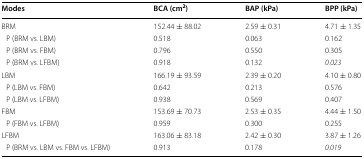
<table><thead><tr><td><b>Modes</b></td><td><b>BCA (cm<sup>2</sup>)</b></td><td><b>BAP (kPa)</b></td><td><b>BPP (kPa)</b></td></tr></thead><tbody><tr><td>BRM</td><td>152.44 ± 88.02</td><td>2.59 ± 0.31</td><td>4.71 ± 1.35</td></tr><tr><td> P (BRM vs. LBM)</td><td>0.518</td><td>0.063</td><td>0.162</td></tr><tr><td> P (BRM vs. FBM)</td><td>0.796</td><td>0.550</td><td>0.305</td></tr><tr><td> P (BRM vs. LFBM)</td><td>0.918</td><td>0.132</td><td><i>0.023</i></td></tr><tr><td>LBM</td><td>166.19 ± 93.59</td><td>2.39 ± 0.20</td><td>4.10 ± 0.80</td></tr><tr><td> P (LBM vs. FBM)</td><td>0.642</td><td>0.213</td><td>0.576</td></tr><tr><td> P (LBM vs. LFBM)</td><td>0.938</td><td>0.569</td><td>0.407</td></tr><tr><td>FBM</td><td>153.69 ± 70.73</td><td>2.53 ± 0.35</td><td>4.44 ± 1.50</td></tr><tr><td> P (FBM vs. LFBM)</td><td>0.959</td><td>0.300</td><td>0.255</td></tr><tr><td>LFBM</td><td>163.06 ± 83.18</td><td>2.42 ± 0.30</td><td>3.87 ± 1.26</td></tr><tr><td> P (BRM vs. LBM vs. FBM vs. LFBM)</td><td>0.913</td><td>0.178</td><td><i>0.019</i></td></tr></tbody></table>